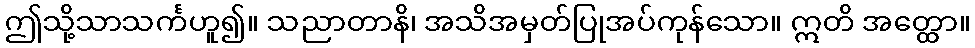
ဤသို့သာသင်္ကဟူ၍။ သညာတာနိ၊ အသိအမှတ်ပြုအပ်ကုန်သော။ ဣတိ အတ္ထော။